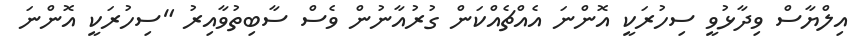
އިލްޔާސް ވިދާޅުވީ ސިހުރަކީ އޮންނަ އެއްޗެއްކަން ގުރުއާނުން ވެސް ސާބިތުވާއިރު "ސިހުރަކީ އޮންނަ